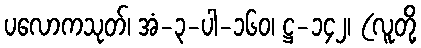
ပလောကသုတ်၊ အံ-၃-ပါ-၁၆၀၊ ဋ္ဌ-၁၄၂၊ (လူတို့